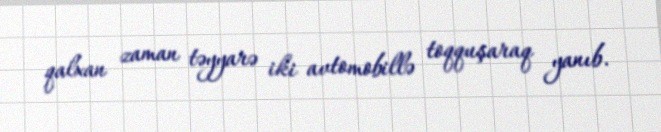
qalxan zaman təyyarə iki avtomobillə toqquşaraq yanıb.